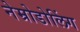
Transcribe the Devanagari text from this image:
नेम्रोडोलिंग